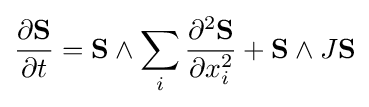
\displaystyle {\frac {\partial \mathbf {S} }{\partial t}}=\mathbf {S} \wedge \sum _{i}{\frac {\partial ^{2}\mathbf {S} }{\partial x_{i}^{2}}}+\mathbf {S} \wedge J\mathbf {S}